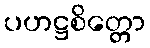
ပဟဋ္ဌစိတ္တော